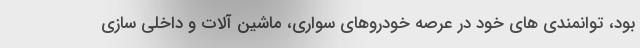
بود، توانمندی های خود در عرصه خودروهای سواری، ماشین آلات و داخلی سازی